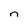
Character: n